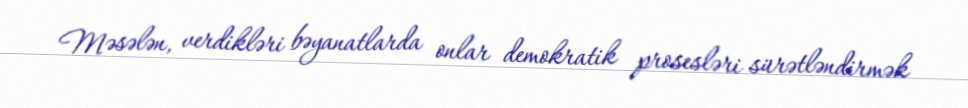
Məsələn, verdikləri bəyanatlarda onlar demokratik prosesləri sürətləndirmək